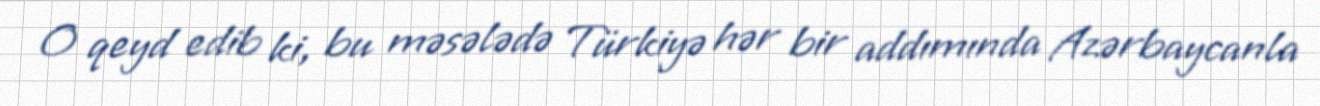
O qeyd edib ki, bu məsələdə Türkiyə hər bir addımında Azərbaycanla